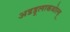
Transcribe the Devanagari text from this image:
अडडूलाकथोल्हू